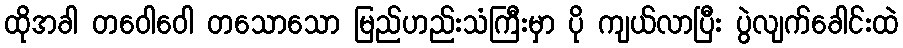
ထိုအခါ တဝေါဝေါ တသောသော မြည်ဟည်းသံကြီးမှာ ပို ကျယ်လာပြီး ပွဲလျက်ခေါင်းထဲ